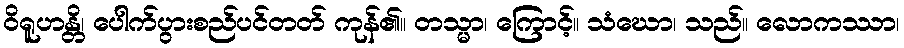
ဝိရူဟန္တိ၊ ပေါက်ပွားစည်ပင်တတ် ကုန်၏။ တသ္မာ၊ ကြောင့်။ သံဃော၊ သည်။ လောကဿာ၊